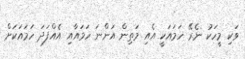
ވަކި މީހަކު ނެރޭ ހަމައަކީ އެއި މަތިން އަންނަ ހަމައާއި އެއްފަދަ ހަމައަކަށް